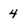
Character: 4